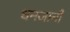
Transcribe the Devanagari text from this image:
धनजानी